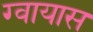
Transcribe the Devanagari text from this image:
ग्वायास